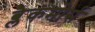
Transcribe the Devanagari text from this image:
ब्लैकमोर्स